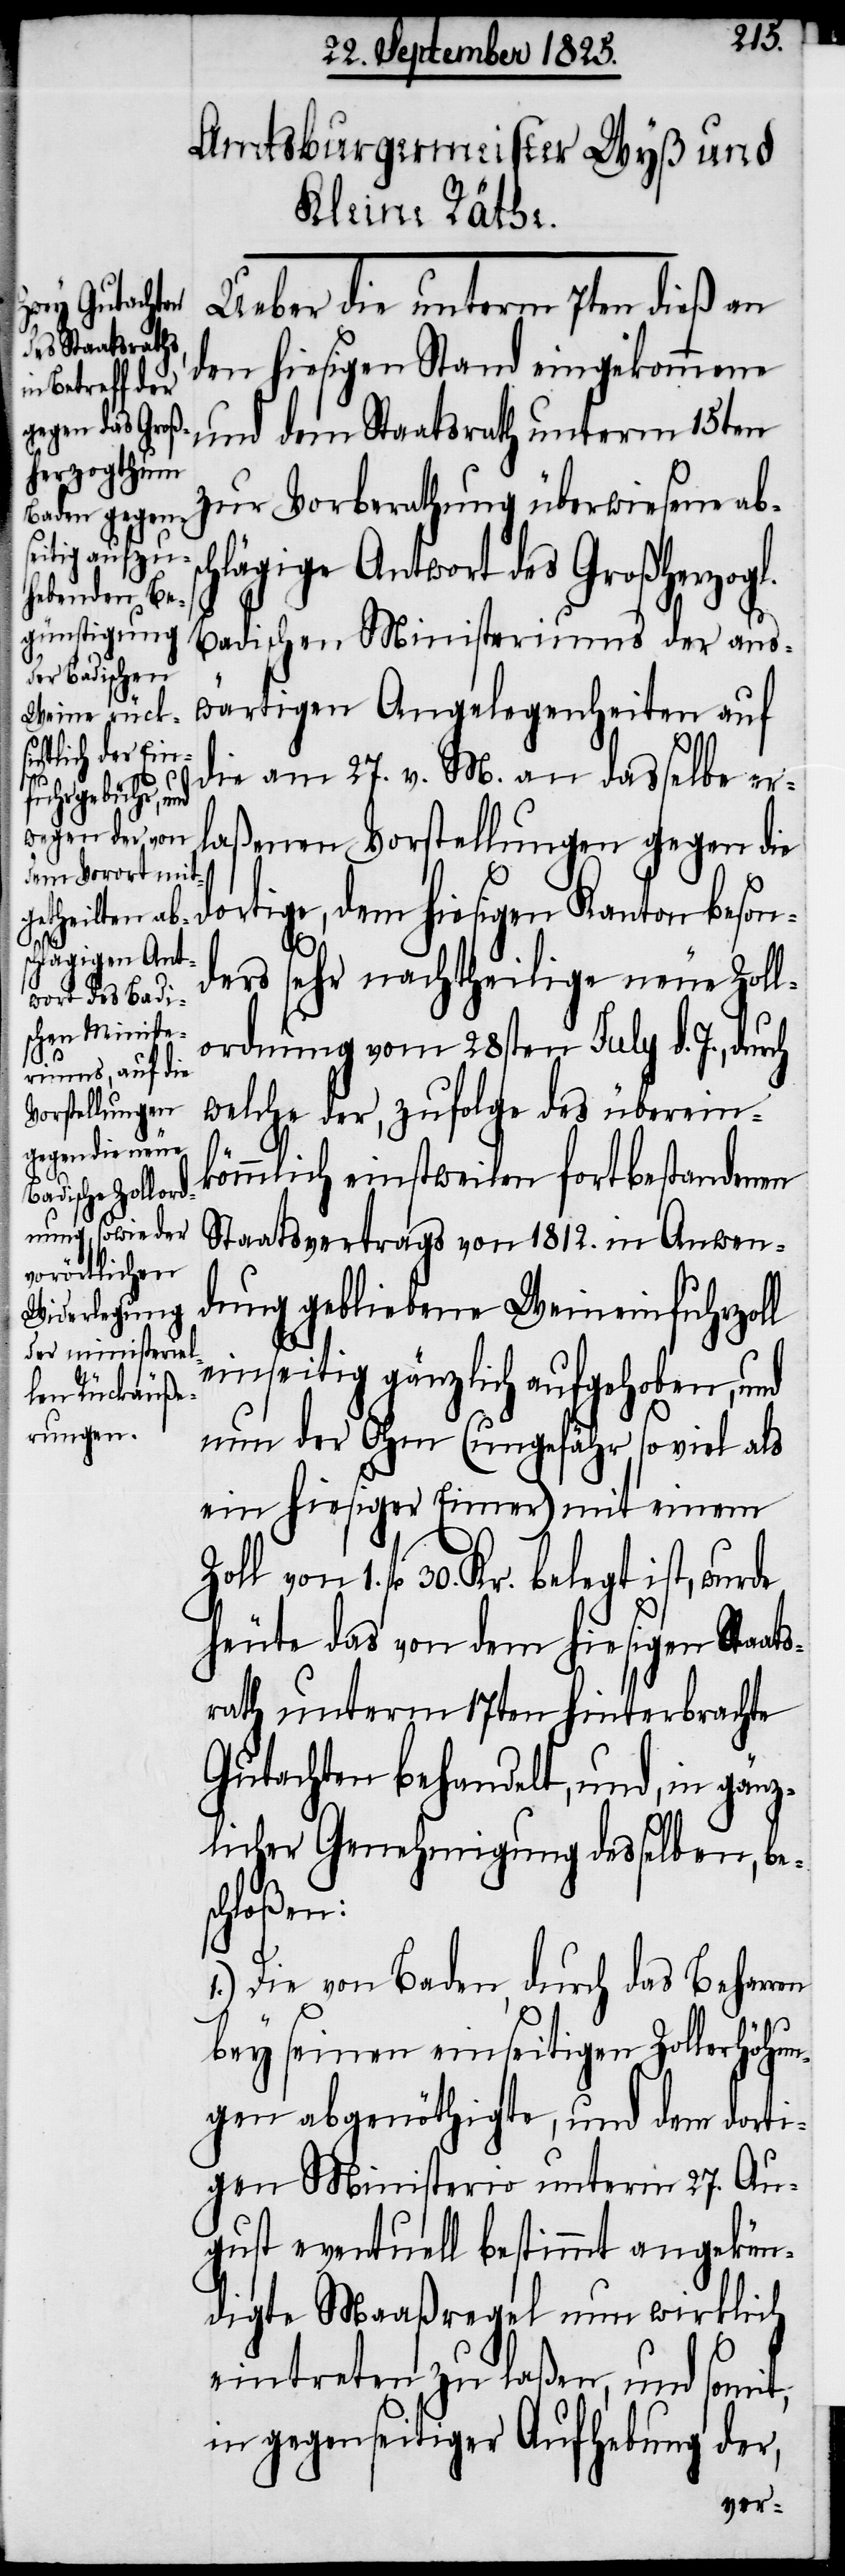
Ueber die unterm 7ten dieß an
den hiesigen Stand eingekommenen
on beson¬
und dem Staatsrath unterm 15ten
zur Vorberathung überwiesene ab¬
hlägige Antwort des Großherzogl.
Badischen Ministeriums der aus¬
wärtigen Angelegenheiten auf
die am 27. v. M. an dasselbe er¬
laßenen Vorstellungen gegen die
hiesigen Kant¬
ders sehr nachtheilige neue Zoll¬
ordnung vom 28sten July d. J., durch
welche der, zufolge des überein¬
von 1.
kömmlich einstweilen fortbestandenen
Staatsvertrags von 1812. in Anwen¬
dung gebliebene Weineinfuhrzoll
einseitig gänzlich aufgehoben, und
nun der Ohm (ungefähr so viel als
ein hiesiger Eimer) mit einem
fl 30. Kr. belegt ist, wurde
heute das von dem hiesigen Staats¬
rath unterm 17ten hinterbrachte
Gutachten behandelt, und, in gänz¬
licher Genehmigung desselben, bes¬
chloßen:
1.) Die von Baden, durch das Beharren
bey seinen einseitigen Zollerhöhun¬
gen abgenöthigte, und dem dorti¬
gen Ministerio unterm 27. Au¬
gust eventuell bestimmt angekün¬
digte Maaßregel nun wirklich
eintreten zu laßen, und somit,
in gegenseitiger Aufhebung der,